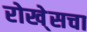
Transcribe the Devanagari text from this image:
रोखे्सचा